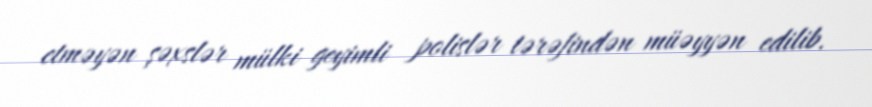
etməyən şəxslər mülki geyimli polislər tərəfindən müəyyən edilib.